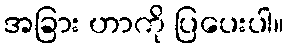
အခြား ဟာကို ပြပေးပါ။